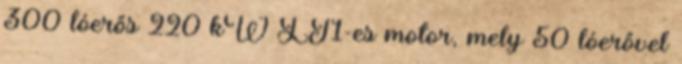
300 lóerős 220 kW LT1-es motor, mely 50 lóerővel